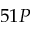
5 1 P